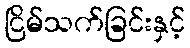
ငြိမ်သက်ခြင်းနှင့်